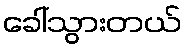
ခေါ်သွားတယ်